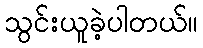
သွင်းယူခဲ့ပါတယ်။